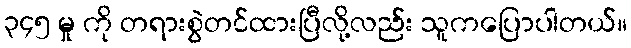
၃၄၅ မှု ကို တရားစွဲတင်ထားပြီလို့လည်း သူကပြောပါတယ်။